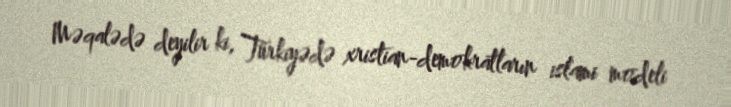
Məqalədə deyilir ki, Türkiyədə xristian-demokratların islami modeli